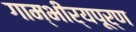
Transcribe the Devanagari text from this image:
गाम्भीर्यपूर्ण